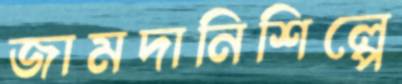
জামদানিশিল্পে